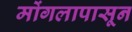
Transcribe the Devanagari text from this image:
मोंगलापासून